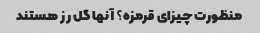
منظورت چیزای قرمزه؟ آنها گل رز هستند